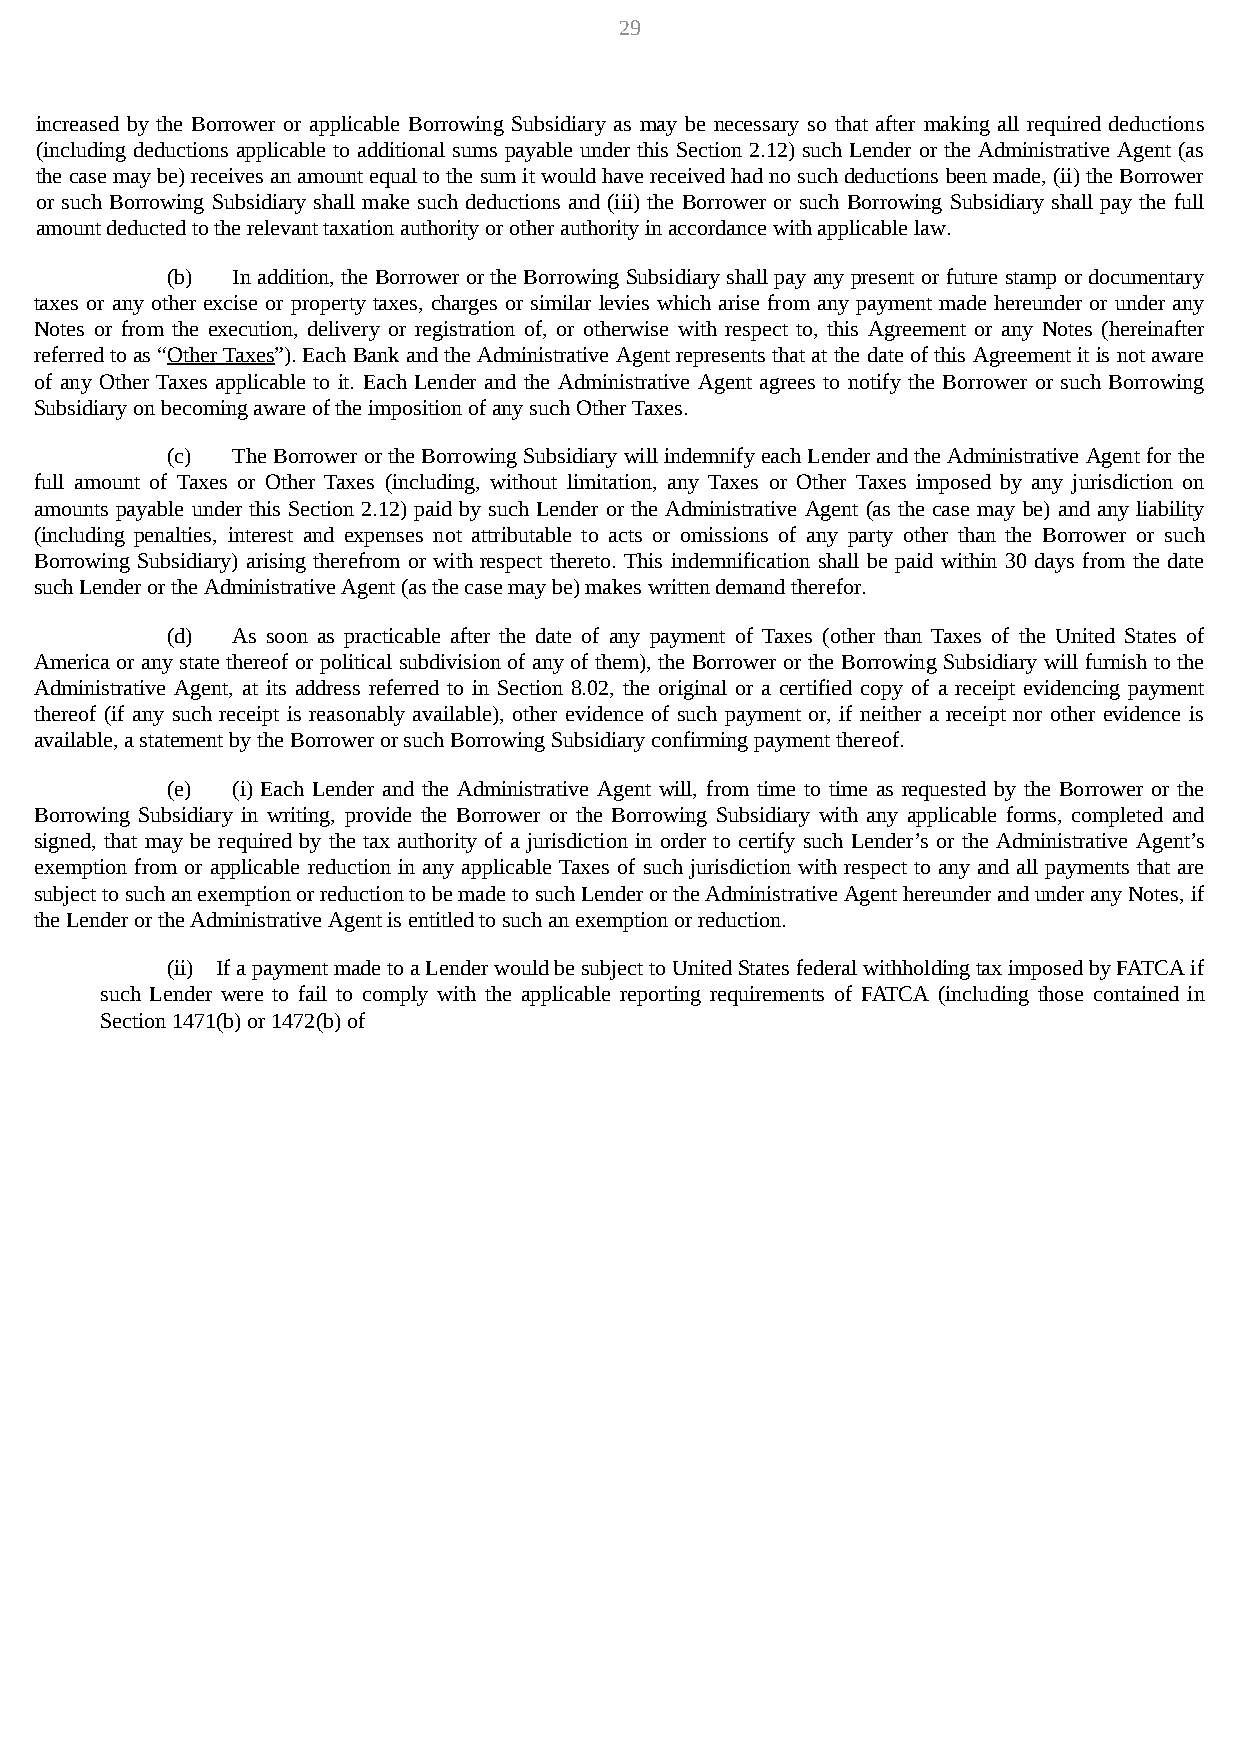
29
 increased by the Borrower or applicable Borrowing Subsidiary as may be necessary so that after making all required deductions
 (including deductions applicable to additional sums payable under this Section 2.12) such Lender or the Administrative Agent (as
 the case may be) receives an amount equal to the sum it would have received had no such deductions been made, (ii) the Borrower
 or such Borrowing Subsidiary shall make such deductions and (iii) the Borrower or such Borrowing Subsidiary shall pay the full
 amount deducted to the relevant taxation authority or other authority in accordance with applicable law.
 (b) In addition, the Borrower or the Borrowing Subsidiary shall pay any present or future stamp or documentary
 taxes or any other excise or property taxes, charges or similar levies which arise from any payment made hereunder or under any
 Notes or from the execution, delivery or registration of, or otherwise with respect to, this Agreement or any Notes (hereinafter
 referred to as “Other Taxes”). Each Bank and the Administrative Agent represents that at the date of this Agreement it is not aware
 of any Other Taxes applicable to it. Each Lender and the Administrative Agent agrees to notify the Borrower or such Borrowing
 Subsidiary on becoming aware of the imposition of any such Other Taxes.
 (c) The Borrower or the Borrowing Subsidiary will indemnify each Lender and the Administrative Agent for the
 full amount of Taxes or Other Taxes (including, without limitation, any Taxes or Other Taxes imposed by any jurisdiction on
 amounts payable under this Section 2.12) paid by such Lender or the Administrative Agent (as the case may be) and any liability
 (including penalties, interest and expenses not attributable to acts or omissions of any party other than the Borrower or such
 Borrowing Subsidiary) arising therefrom or with respect thereto. This indemnification shall be paid within 30 days from the date
 such Lender or the Administrative Agent (as the case may be) makes written demand therefor.
 (d) As soon as practicable after the date of any payment of Taxes (other than Taxes of the United States of
 America or any state thereof or political subdivision of any of them), the Borrower or the Borrowing Subsidiary will furnish to the
 Administrative Agent, at its address referred to in Section 8.02, the original or a certified copy of a receipt evidencing payment
 thereof (if any such receipt is reasonably available), other evidence of such payment or, if neither a receipt nor other evidence is
 available, a statement by the Borrower or such Borrowing Subsidiary confirming payment thereof.
 (e) (i) Each Lender and the Administrative Agent will, from time to time as requested by the Borrower or the
 Borrowing Subsidiary in writing, provide the Borrower or the Borrowing Subsidiary with any applicable forms, completed and
 signed, that may be required by the tax authority of a jurisdiction in order to certify such Lender’s or the Administrative Agent’s
 exemption from or applicable reduction in any applicable Taxes of such jurisdiction with respect to any and all payments that are
 subject to such an exemption or reduction to be made to such Lender or the Administrative Agent hereunder and under any Notes, if
 the Lender or the Administrative Agent is entitled to such an exemption or reduction.
 (ii) If a payment made to a Lender would be subject to United States federal withholding tax imposed by FATCA if
 such Lender were to fail to comply with the applicable reporting requirements of FATCA (including those contained in
 Section 1471(b) or 1472(b) of